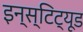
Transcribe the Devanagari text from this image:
इन्स्टिट्यूड